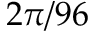
2 \pi / 9 6